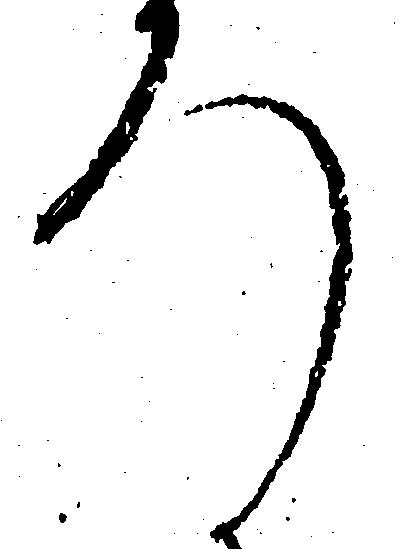
ろ